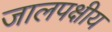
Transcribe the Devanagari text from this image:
जालपक्षीय